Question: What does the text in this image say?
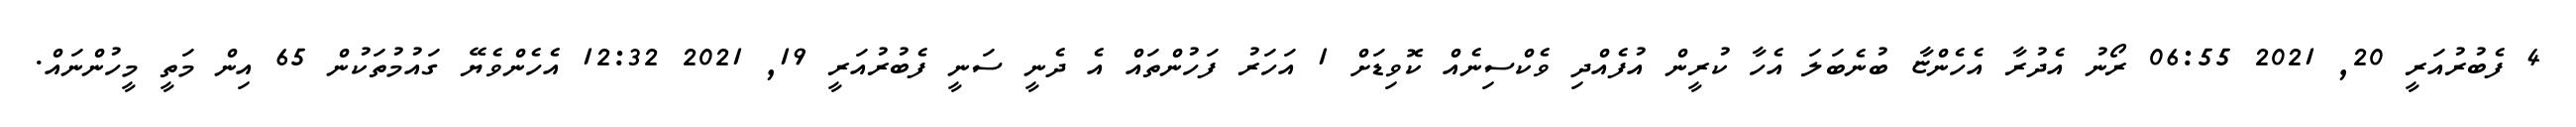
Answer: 4 ފެބުރުއަރީ 20, 2021 06:55 ރޯނު އެދުރާ އެހެންޏާ ބުނެބަލަ އެހާ ކުރީން އުފެއްދި ވެކްސިނެއް ކޮވިޑަށް 1 އަހަރު ފަހުންތައް އެ ދެނީ ސަނީ ފެބުރުއަރީ 19, 2021 12:32 އެހެންވެޔޭ ގައުމުތަކުން 65 އިން މަތީ މީހުންނައް.